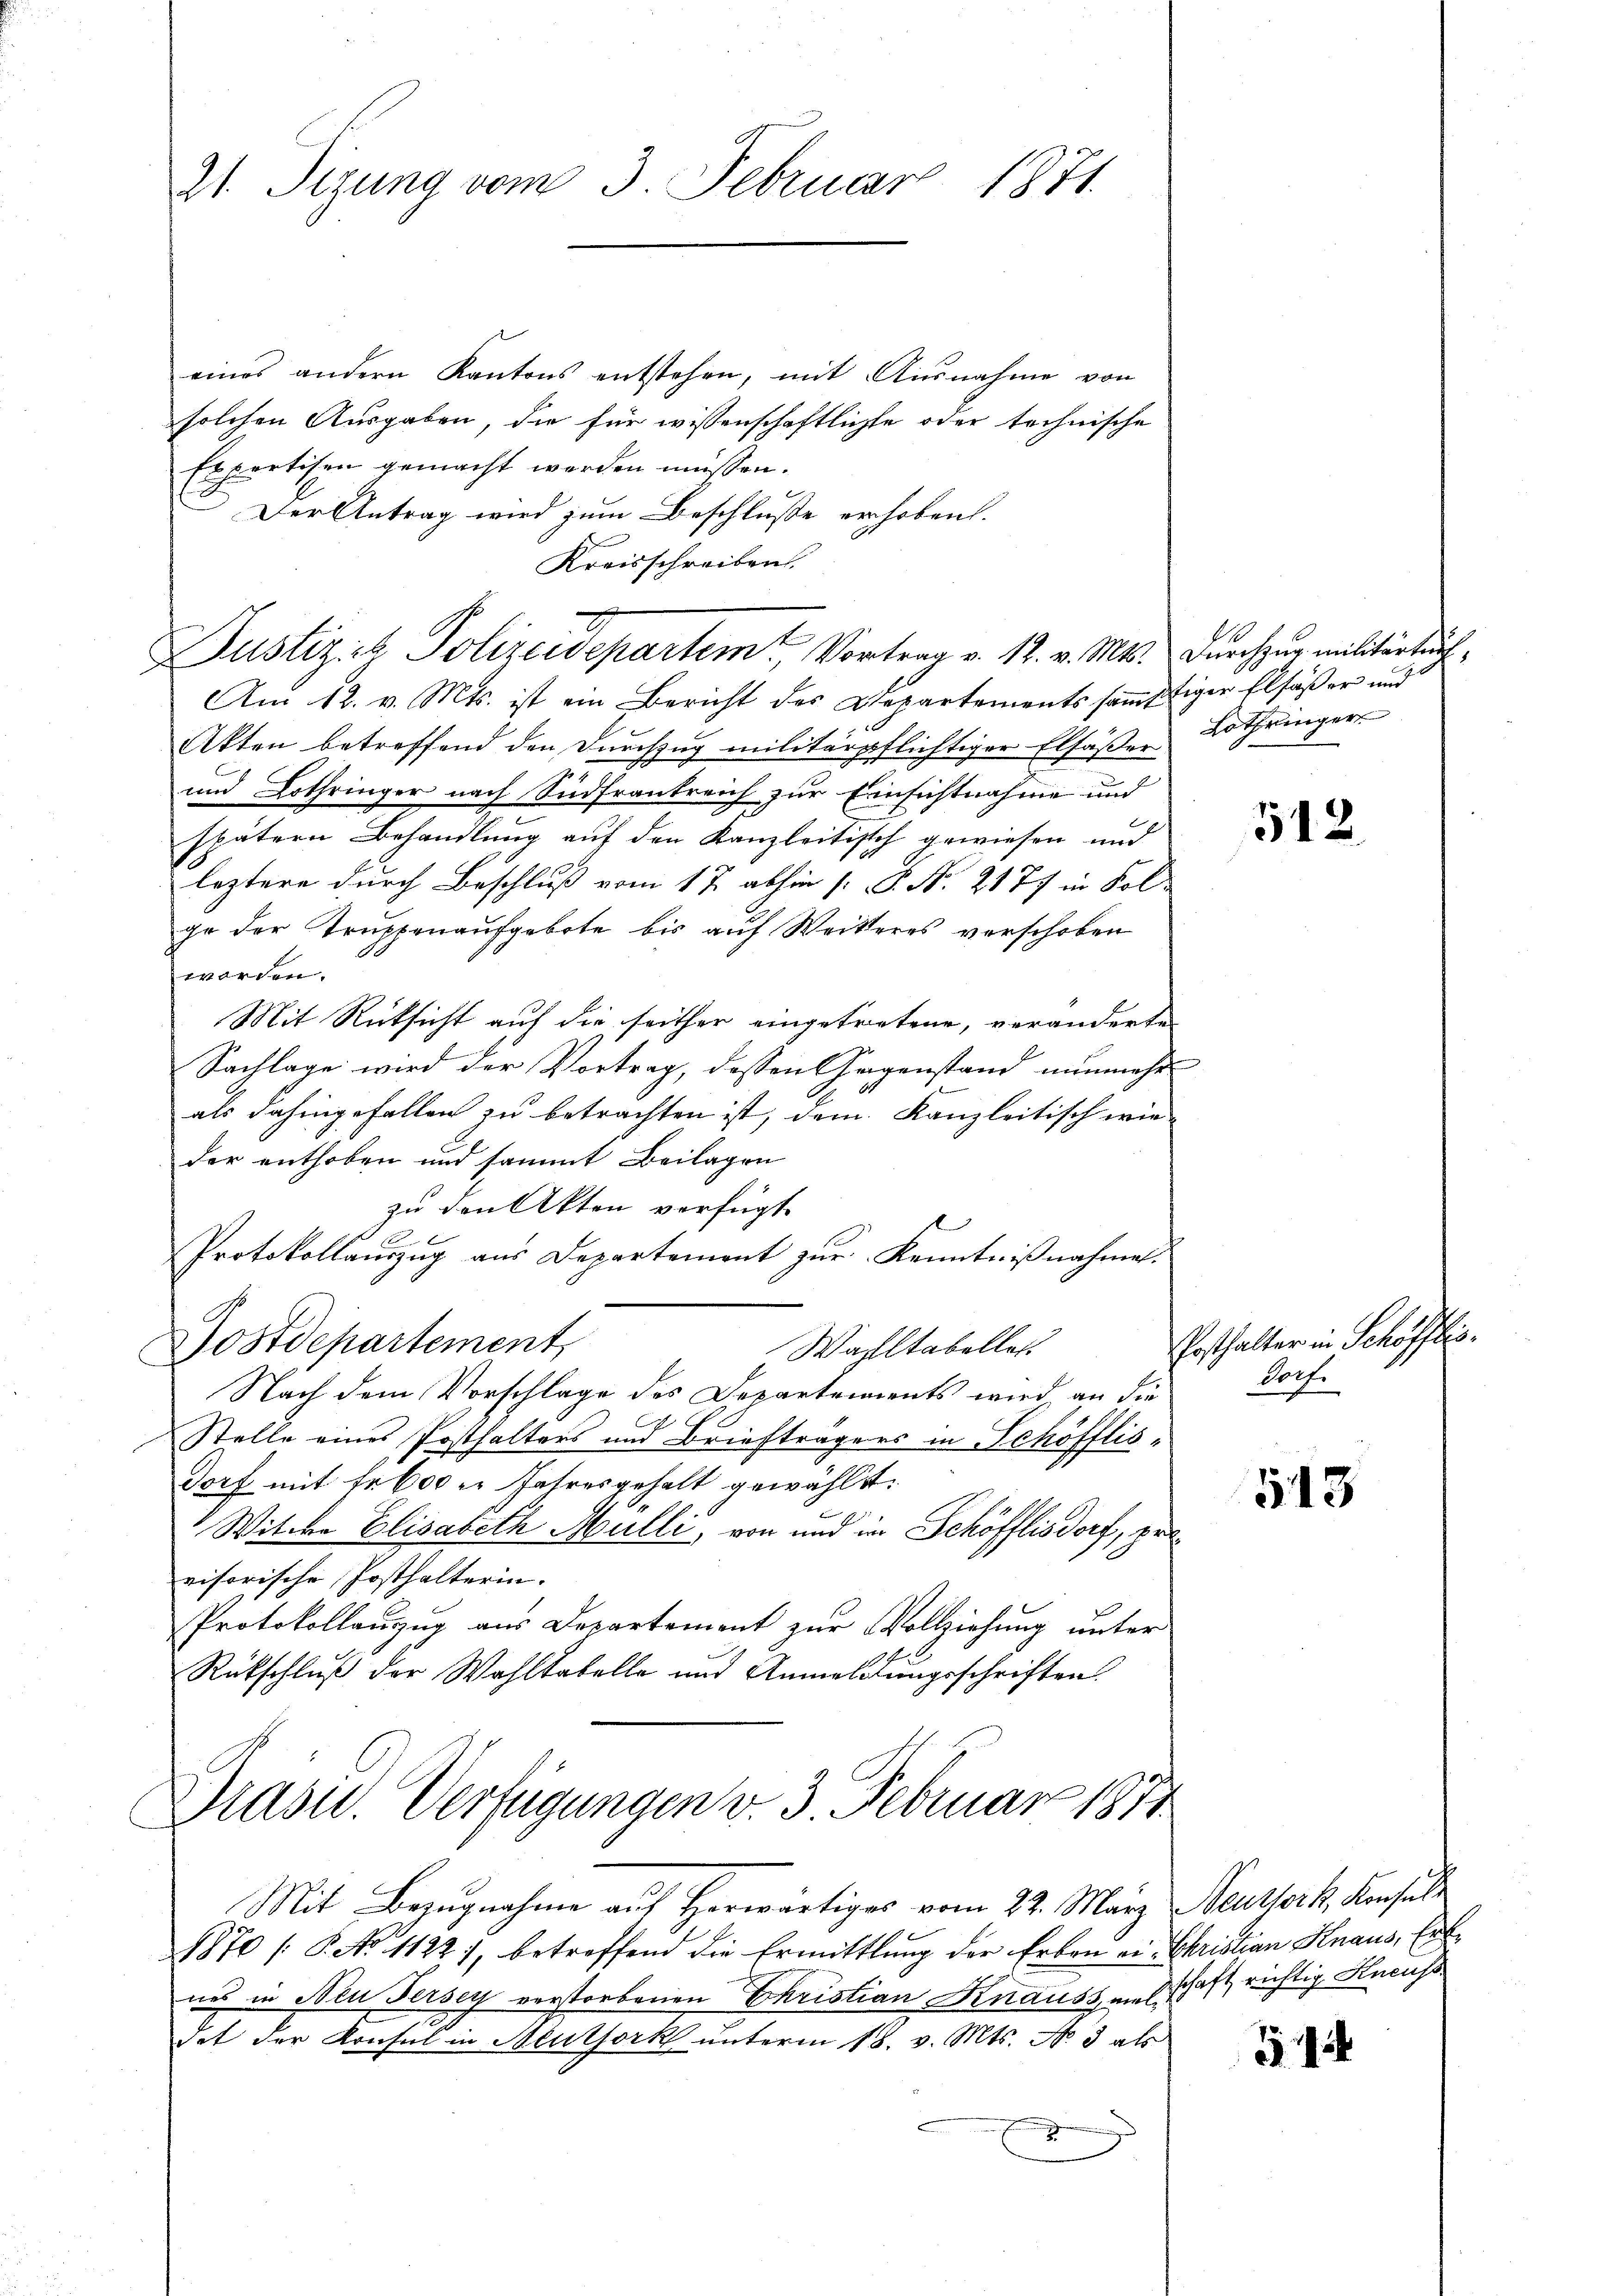
21. Sitzung vom 3. Februar 1871.

eines andern Kantons entstehen, mit Ausnahme von
solchen Ausgaben, die für wissenschaftlichte oder technische
Exportisen gemacht werden müssen.
Der Antrag wird zum Beschlusse erhoben.
Kreisschreiben.
Am 12. v. Mts. ist ein Bericht des Departements sämmftiger Elfäßer und
Akten betreffend den Durchzug militärpflichtiger Elfäßer
und Lothringer nach Südfrankreich zur Einsichtnahme und
spätern Behandlung auf den Kanzleitisch gewiesen und
leztere durch Beschluß vom 17. abhin (: P. Nr. 2177 in Folge der Truppenaufgebote bis auf Weiteres verschoben
worden.
Mit Rücksicht auf die seither eingetretene, veränderte
Sachlage wird der Vortrag, dessen Gegenstand nunmehr
als dahingefallen zu betrachten ist, dem Kanzleitisch wie
der enthoben und sammt Beilagen
zu den Akten verfügt
e
12
Protokollauszug aus Departement zur Kenntnißnahmen.
Postdepartement,
Waltabellat
Nach dem Vorschlage des Departements wird an die
Stelle eines Posthalters und Briefträgers in Schöfflisdorf mit Er 600 er Jahresgehalt gewählt:
Witwe Elisabeth Mulli, von und in Schöfflisdorf, provisorische Posthalterin.
Protokollauszug aus Departement zur Vollziehung unter
Rütschluß der Wahltabelle und Anmeldungsschriften.

Präsid.. Verfügungen v. 3. Februar 1874

t
Justiz- & Polizeisepartem Vortrag v. 12. v. Mts. Durchzug militärters

Mit Bezugnahme auf Herwärtiges vom 22. März Neuork, Konsult
1870 /: P. No 1122), betreffend die Ermittlung der Erben er Christian Knaus, Er
nus in Neu Fersey verstorbenen Christian Knauss, um schaft richtig Kreiss
.
det der Konsul in Aeuthork unterm 18. v. Mts. No 3 als
Fr

Lothringer

512

Posthalter in Schöfflis.
Porf.

543

31